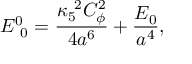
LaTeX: E _ { ~ 0 } ^ { 0 } = { \frac { \kappa _ { 5 } ^ { ~ 2 } C _ { \phi } ^ { 2 } } { 4 a ^ { 6 } } } + { \frac { { \cal E } _ { 0 } } { a ^ { 4 } } } ,